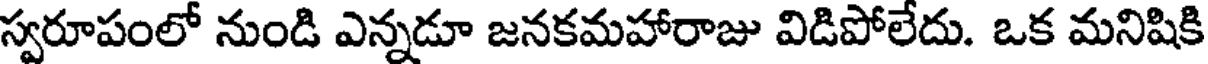
స్వరూపంలో నుండి ఎన్నడూ జనకమహారాజు విడిపోలేదు. ఒక మనిషికి